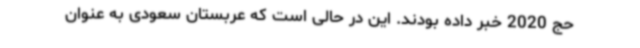
حج 2020 خبر داده‌ بودند. این در حالی است که عربستان سعودی به عنوان